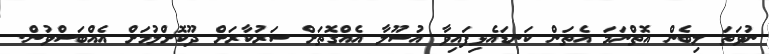
ނުވަތަ ލިބެން އޮތްނަމަ އެތަން ކަނޑައެޅިފައިވާ އުސޫލާ އެއްގޮތަށް ސަރުކާރަށް ދޫކޮށްލުމަށް އެއްބަސްވުން.